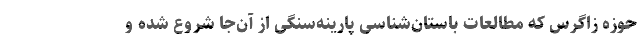
حوزه زاگرس که مطالعات باستان‌شناسی پارینه‌سنگی از آن‌جا شروع شده و